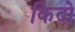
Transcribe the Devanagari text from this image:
किदो